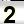
Digit: 2